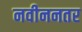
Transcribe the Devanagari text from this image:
नवीननतर